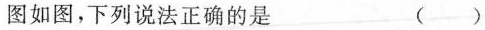
图如图，下列说法正确的是 ( )